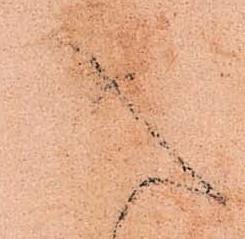
入